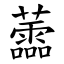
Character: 蘦